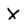
Character: X